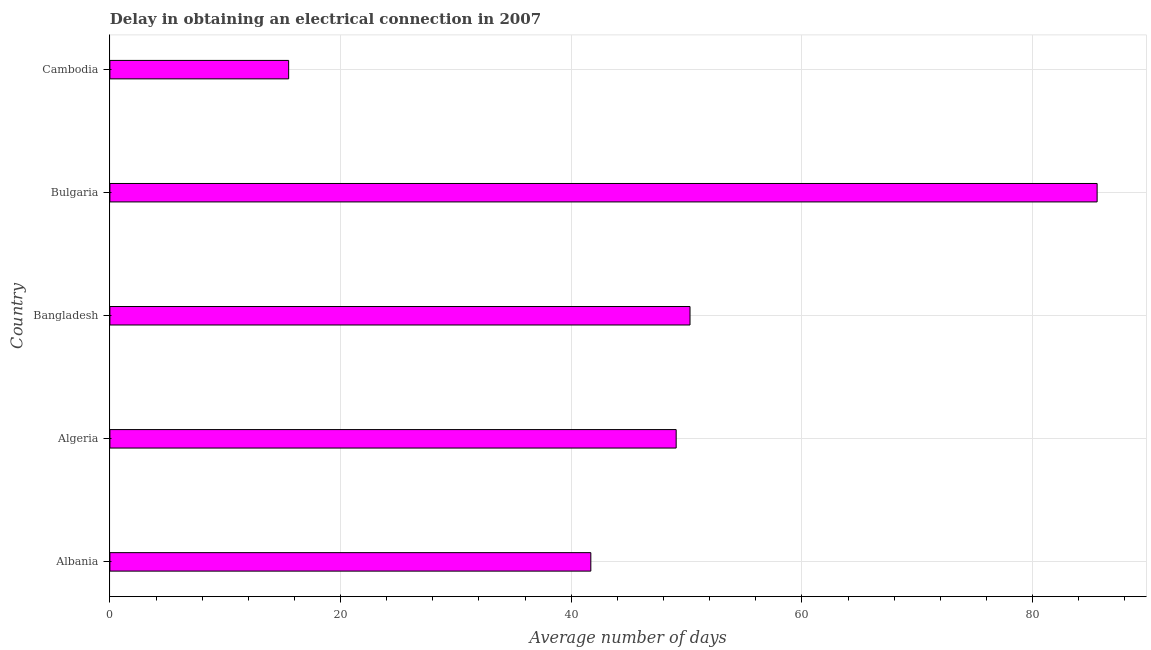
| Country | Dalay in Electrical connection |
 | --- | --- |
 | Albania | 41.7 |
 | Algeria | 49.1 |
 | Bangladesh | 50.3 |
 | Bulgaria | 85.6 |
 | Cambodia | 15.5 |